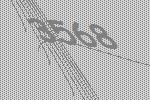
3568